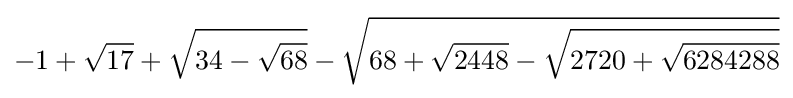
-1+{\sqrt {17}}+{\sqrt {34-{\sqrt {68}}}}-{\sqrt {68+{\sqrt {2448}}-{\sqrt {2720+{\sqrt {6284288}}}}}}